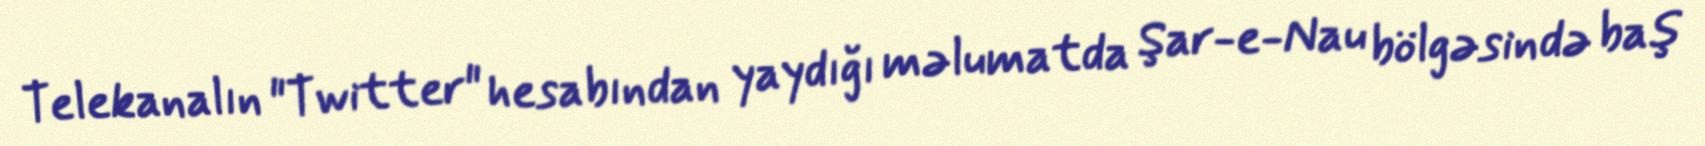
Telekanalın "Twitter" hesabından yaydığı məlumatda Şar-e-Nau bölgəsində baş